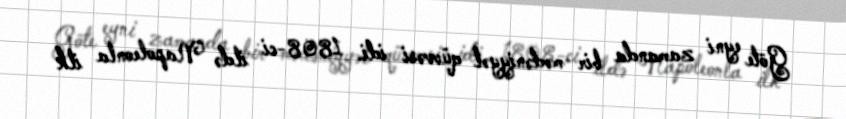
Göte eyni zamanda bir mədəniyyət qüvvəsi idi. 1808-ci ildə Napoleonla ilk